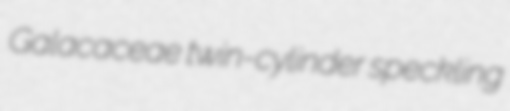
Galacaceae twin-cylinder speckling